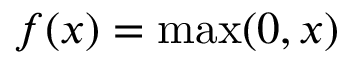
f ( x ) = \operatorname* { m a x } ( 0 , x )